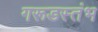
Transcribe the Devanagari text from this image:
गरूडस्तंभ